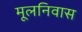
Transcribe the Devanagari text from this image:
मूलनिवास